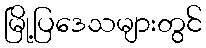
မြို့ပြဒေသများတွင်